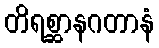
တိရစ္ဆာနဂတာနံ